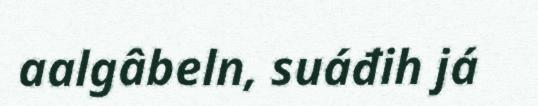
aalgâbeln, suáđih já